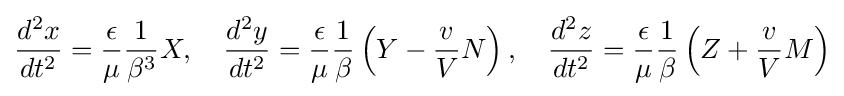
{\frac {d^{2}x}{dt^{2}}}={\frac {\epsilon }{\mu }}{\frac {1}{\beta ^{3}}}X,\quad {\frac {d^{2}y}{dt^{2}}}={\frac {\epsilon }{\mu }}{\frac {1}{\beta }}\left(Y-{\frac {v}{V}}N\right),\quad {\frac {d^{2}z}{dt^{2}}}={\frac {\epsilon }{\mu }}{\frac {1}{\beta }}\left(Z+{\frac {v}{V}}M\right)